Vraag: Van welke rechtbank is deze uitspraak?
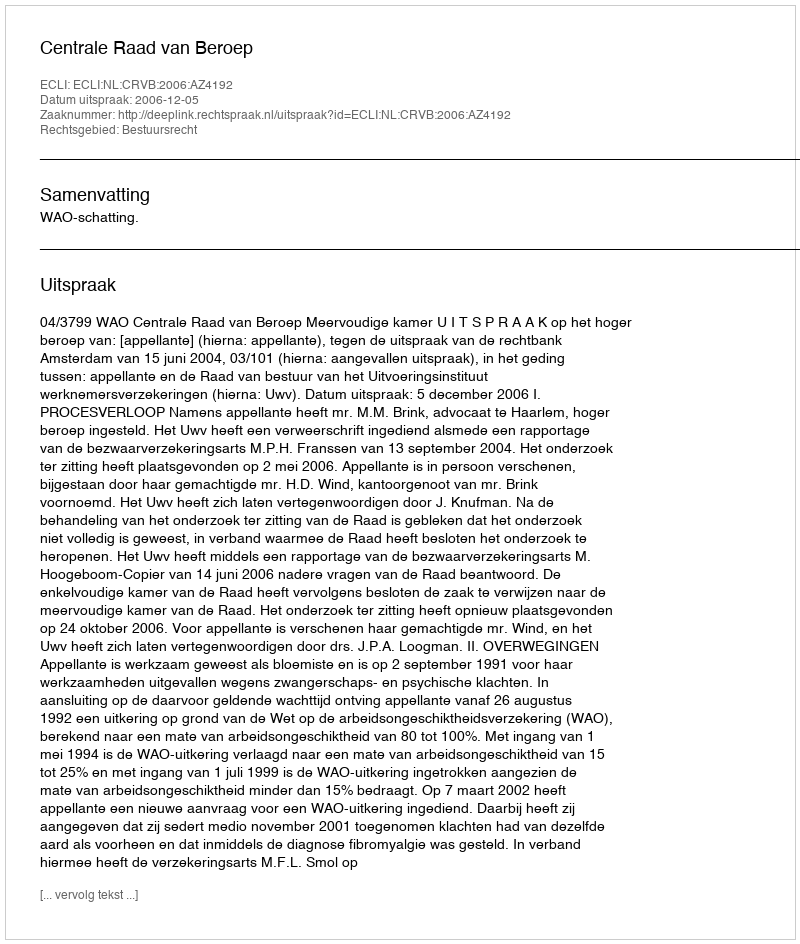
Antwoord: Centrale Raad van Beroep